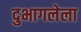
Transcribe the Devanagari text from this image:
दुभागलेला